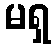
မရှ